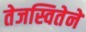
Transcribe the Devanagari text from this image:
तेजस्वितेने